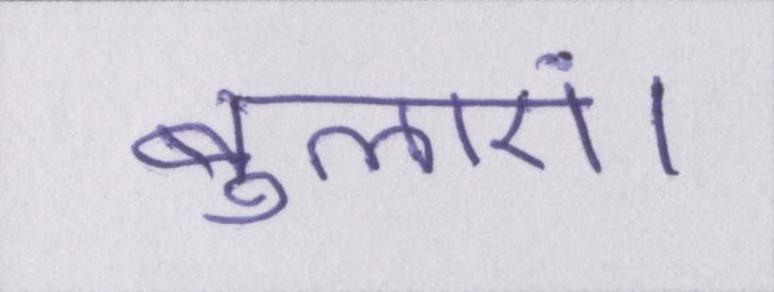
बुलाएं।